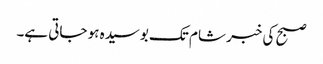
صبح کی خبر شام تک بوسیدہ ہو جاتی ہے۔